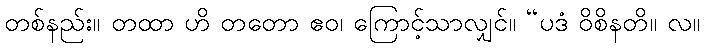
တစ်နည်း။ တထာ ဟိ တတော ဧဝ၊ ကြောင့်သာလျှင်။ “ပဒံ ဝိစိနတိ။ လ။